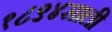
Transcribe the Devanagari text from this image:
१८९४साली